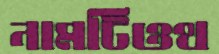
নামটিওথ